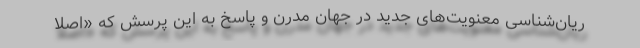
ریان‌شناسی معنویت‌های جدید در جهان مدرن و پاسخ به این پرسش که «اصلا